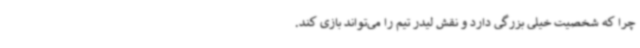
چرا که شخصیت خیلی بزرگی دارد و نقش لیدر تیم را می‌تواند بازی کند.